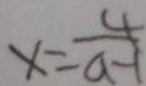
x = \frac { 4 } { a - 1 }